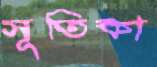
সূতিকা